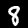
Digit: 8